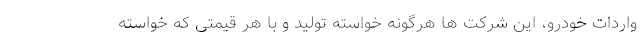
واردات خودرو، این شرکت ها هرگونه خواسته تولید و با هر قیمتی که خواسته